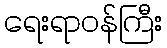
ရေးရာဝန်ကြီး